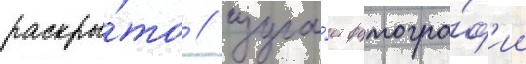
раскры́то / изуча́ет фотогра́ф'ии